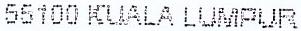
55100 KUALA LUMPUR